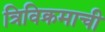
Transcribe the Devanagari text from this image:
त्रिविक्रमाची